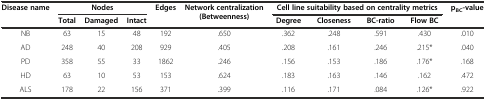
| <ROWSPAN=2> Disease name | <COLSPAN=3> Nodes | <ROWSPAN=2> Edges | <ROWSPAN=2> Network centralization (Betweenness) | <COLSPAN=4> Cell line suitability based on centrality metrics | <ROWSPAN=2> pBC-value |
 | Total | Damaged | Intact | Degree | Closeness | BC-ratio | Flow BC |
 | --- | --- | --- | --- | --- | --- | --- | --- | --- | --- | --- |
 | NB | 63 | 15 | 48 | 192 | .650 | .362 | .248 | .591 | .430 | .010 |
 | AD | 248 | 40 | 208 | 929 | .405 | .208 | .161 | .246 | .215* | .040 |
 | PD | 358 | 55 | 33 | 1862 | .246 | .156 | .153 | .186 | .176* | .168 |
 | HD | 63 | 10 | 53 | 153 | .624 | .183 | .163 | .146 | .162 | .472 |
 | ALS | 178 | 22 | 156 | 371 | .399 | .116 | .171 | .084 | .126* | .922 |